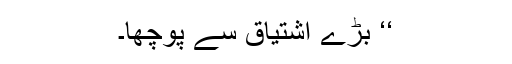
‘‘ بڑے اشتیاق سے پوچھا۔